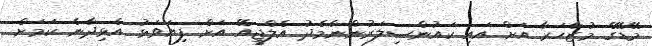
މޭޑޭގެ މުޒާހަރާ އަށް އައި ކައުންސިލަރުންނާމެދު އެލްޖީއޭ އަށް ފިޔަވަޅު އެޅިދާނެ ކަމަށް